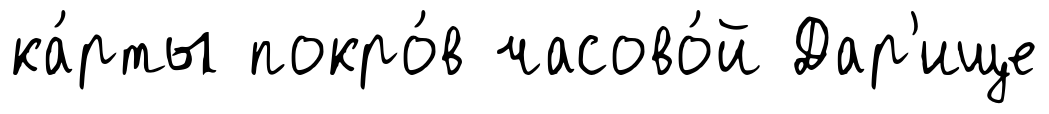
ка́рты покро́в часово́й Дар'ище